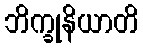
ဘိက္ခုနိယာတိ